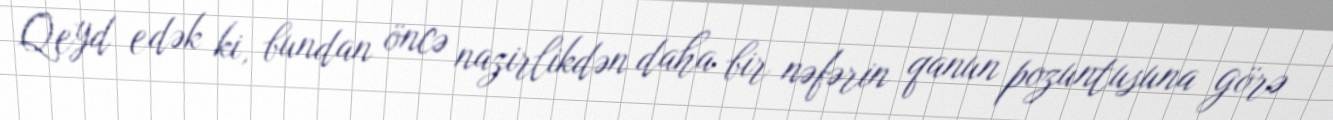
Qeyd edək ki, bundan öncə nazirlikdən daha bir nəfərin qanun pozuntusuna görə